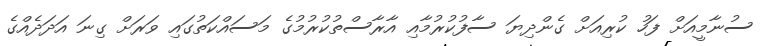
ސުނާމީއަށް ފަހު ކުރިއަށް ގެންދިޔަ ސާފުކުރުމާއި އާރާސްތުކުރުމުގެ މަސައްކަތުގައި ވަރަށް ގިނަ އަދަދެއްގެ